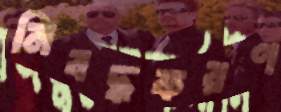
নিবদ্ধকরণ